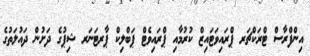
އިންފްރާސް ޓްރަކްޗަރ ޕްރައިވަޓައިޒް ކުރުމާއި ޕްރައިވެޓް ޕަބްލިކް ޕާރޓަނަރ ޝިޕުގެ ދަށުން ދައުލަތުގެ